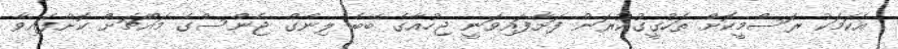
އެކަމަކު ރަސްމީކޮށް ތަހުގީގުކުރަން ފަށާފައިވަނީ ޖިހުއާގެ ބޭބެ ލިންގް ޖެންސްގެ މައްޗަށް ކޮށްފައިވާ